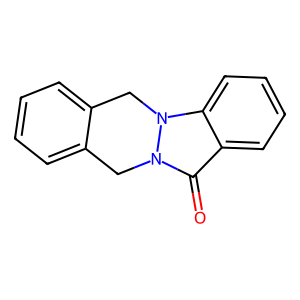
SMILES: O=c1c2ccccc2n2n1Cc1ccccc1C2
Inhibits HIV replication: No